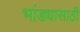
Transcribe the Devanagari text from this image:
भांड्यासाठी